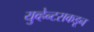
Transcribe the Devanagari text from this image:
युव्हेन्टसकडून